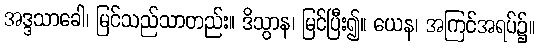
အဒ္ဒသာခေါ၊ မြင်သည်သာတည်း။ ဒိသွာန၊ မြင်ပြီး၍။ ယေန၊ အကြင်အရပ်၌။